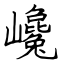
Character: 巉